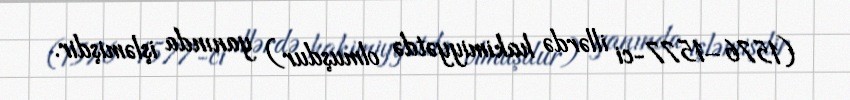
(1576–1577-ci illərdə hakimiyyətdə olmuşdur) yanında işləmişdir.